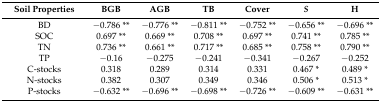
| Soil Properties | BGB | AGB | TB | Cover | S | H |
 | --- | --- | --- | --- | --- | --- | --- |
 | BD | −0.786 ** | −0.776 ** | −0.811 ** | −0.752 ** | −0.656 ** | −0.696 ** |
 | SOC | 0.697 ** | 0.669 ** | 0.708 ** | 0.697 ** | 0.741 ** | 0.785 ** |
 | TN | 0.736 ** | 0.661 ** | 0.717 ** | 0.685 ** | 0.758 ** | 0.790 ** |
 | TP | −0.16 | −0.275 | −0.241 | −0.341 | −0.267 | −0.252 |
 | C-stocks | 0.318 | 0.289 | 0.314 | 0.331 | 0.467 * | 0.489 * |
 | N-stocks | 0.382 | 0.307 | 0.349 | 0.346 | 0.506 * | 0.513 * |
 | P-stocks | −0.632 ** | −0.696 ** | −0.698 ** | −0.726 ** | −0.609 ** | −0.631 ** |